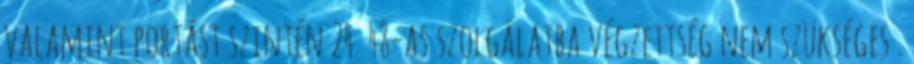
valamint portást szintén 24 48-as szolgálatba végzettség nem szükséges .